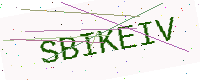
Text: SBIKEIV